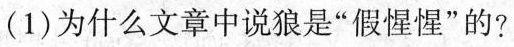
(1)为什么文章中说狼是”假惺惺”的?